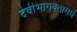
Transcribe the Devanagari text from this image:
देवीभागवतामधे